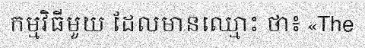
កម្មវិធីមួយ ដែលមានឈ្មោះ ថា៖ «The